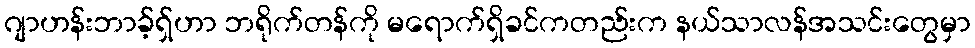
ဂျာဟန်းဘာခ့်ရှ်ဟာ ဘရိုက်တန်ကို မရောက်ရှိခင်ကတည်းက နယ်သာလန်အသင်းတွေမှာ